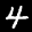
Label: 4